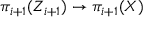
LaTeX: \pi _ { i + 1 } ( Z _ { i + 1 } ) \to \pi _ { i + 1 } ( X )